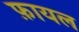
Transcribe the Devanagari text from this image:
फ़ायल